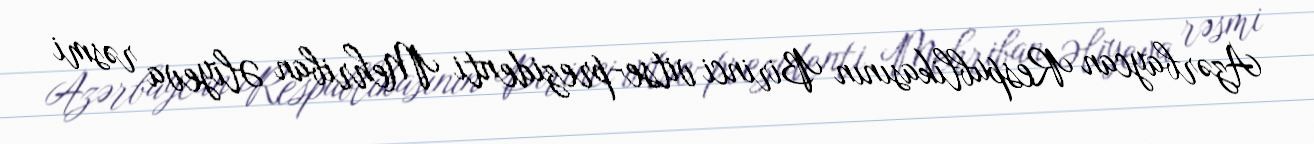
Azərbaycan Respublikasının Birinci vitse-prezidenti Mehriban Əliyeva rəsmi